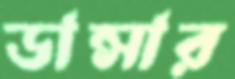
ডান্সার